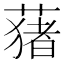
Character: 蕏